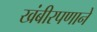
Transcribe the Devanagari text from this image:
खंबीरपणाने